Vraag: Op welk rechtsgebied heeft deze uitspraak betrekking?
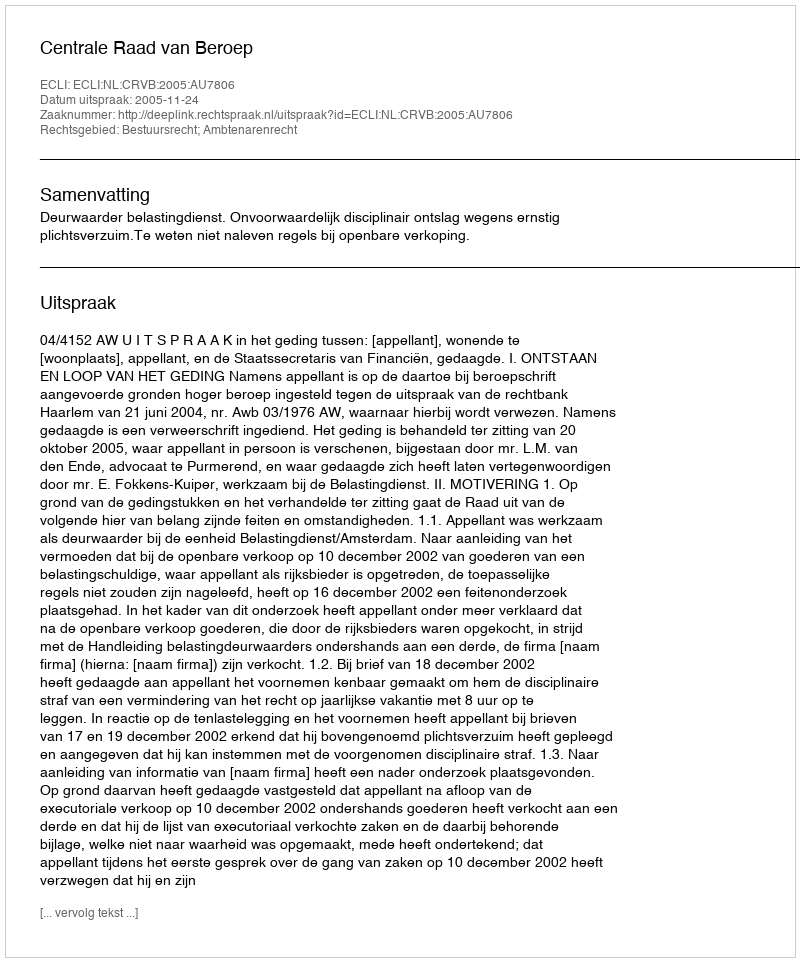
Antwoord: Bestuursrecht; Ambtenarenrecht